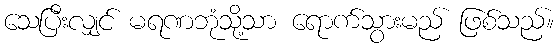
သေပြီးလျှင် မရဏဘုံသို့သာ ရောက်သွားမည် ဖြစ်သည်။